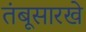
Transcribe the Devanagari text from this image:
तंबूसारखे